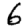
Digit: 6